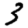
Digit: 3